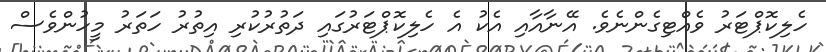
ހެލިކޮޕްޓަރު ވެއްޓިގެންނެވެ. އޭނާއާއި އެކު އެ ހެލިކޮޕްޓަރުގައި ދަތުރުކުރި އިތުރު ހަތަރު މީހުންވެސް